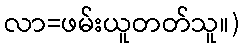
လာ=ဖမ်းယူတတ်သူ။)